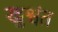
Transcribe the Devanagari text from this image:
खुश्वंत